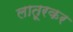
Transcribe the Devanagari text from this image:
लातूरकर